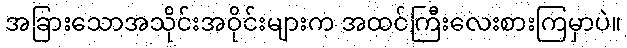
အခြားသောအသိုင်းအဝိုင်းများက အထင်ကြီးလေးစားကြမှာပဲ။